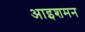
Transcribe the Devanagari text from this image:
आइशमन